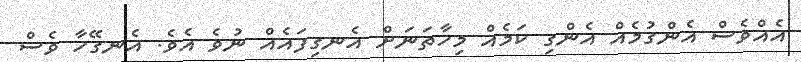
އެއްވެސް އެންގުމެއް އެންގި ކަމެއް މިހާތަނަށް އެނގިފައެއް ނުވެ އެވެ. އެނގޭހާ ވެސް